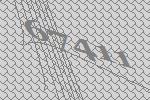
67411